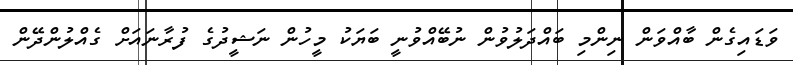
ވަޑައިގެން ބާއްވަން ނިންމި ބައްދަލުވުން ނުބޭއްވުނީ ބަޔަކު މީހުން ނަޝީދުގެ ފުރާނައަށް ގެއްލުންދޭން